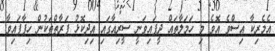
އެމެރިކާ އިސްވެ އޮވެ މި ހަމަލާތައް ދީފައިވަނީ ސީރިއާގައި އިދިކޮޅު ފަރާތްތަކުން ހިފާފައިވާ